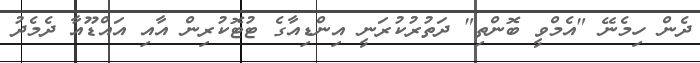
ދެން ހިމެނޭ "އެމްވީ ބޮންތި" ދަތުރުކުރަނީ އިންޑިއާގެ ޓުޓޮކުރިން އާއި އައްޑޫއާ ދެމެދު